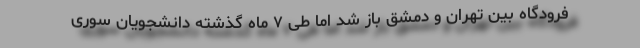
فرودگاه بین تهران و دمشق باز شد اما طی ۷ ماه گذشته دانشجویان سوری